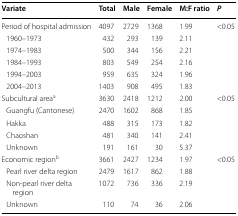
<table><thead><tr><td><b>Variate</b></td><td><b>Total</b></td><td><b>Male</b></td><td><b>Female</b></td><td><b>M:F ratio</b></td><td><b><i>P</i></b></td></tr></thead><tbody><tr><td>Period of hospital admission</td><td>4097</td><td>2729</td><td>1368</td><td>1.99</td><td>&lt;0.05</td></tr><tr><td> 1960–1973</td><td>432</td><td>293</td><td>139</td><td>2.11</td><td></td></tr><tr><td> 1974–1983</td><td>500</td><td>344</td><td>156</td><td>2.21</td><td></td></tr><tr><td> 1984–1993</td><td>803</td><td>549</td><td>254</td><td>2.16</td><td></td></tr><tr><td> 1994–2003</td><td>959</td><td>635</td><td>324</td><td>1.96</td><td></td></tr><tr><td> 2004–2013</td><td>1403</td><td>908</td><td>495</td><td>1.83</td><td></td></tr><tr><td>Subcultural area<sup>a</sup></td><td>3630</td><td>2418</td><td>1212</td><td>2.00</td><td>&lt;0.05</td></tr><tr><td> Guangfu (Cantonese)</td><td>2470</td><td>1602</td><td>868</td><td>1.85</td><td></td></tr><tr><td> Hakka</td><td>488</td><td>315</td><td>173</td><td>1.82</td><td></td></tr><tr><td> Chaoshan</td><td>481</td><td>340</td><td>141</td><td>2.41</td><td></td></tr><tr><td> Unknown</td><td>191</td><td>161</td><td>30</td><td>5.37</td><td></td></tr><tr><td>Economic region<sup>b</sup></td><td>3661</td><td>2427</td><td>1234</td><td>1.97</td><td>&lt;0.05</td></tr><tr><td> Pearl river delta region</td><td>2479</td><td>1617</td><td>862</td><td>1.88</td><td></td></tr><tr><td> Non-pearl river delta region</td><td>1072</td><td>736</td><td>336</td><td>2.19</td><td></td></tr><tr><td> Unknown</td><td>110</td><td>74</td><td>36</td><td>2.06</td><td></td></tr></tbody></table>